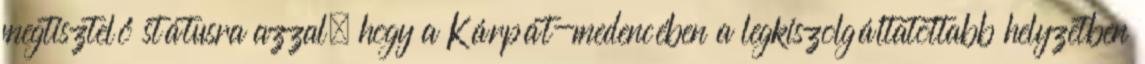
megtisztelő státusra azzal, hogy a Kárpát-medencében a legkiszolgáltatottabb helyzetben